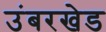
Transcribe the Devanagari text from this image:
उंबरखेड